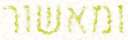
ומאשור